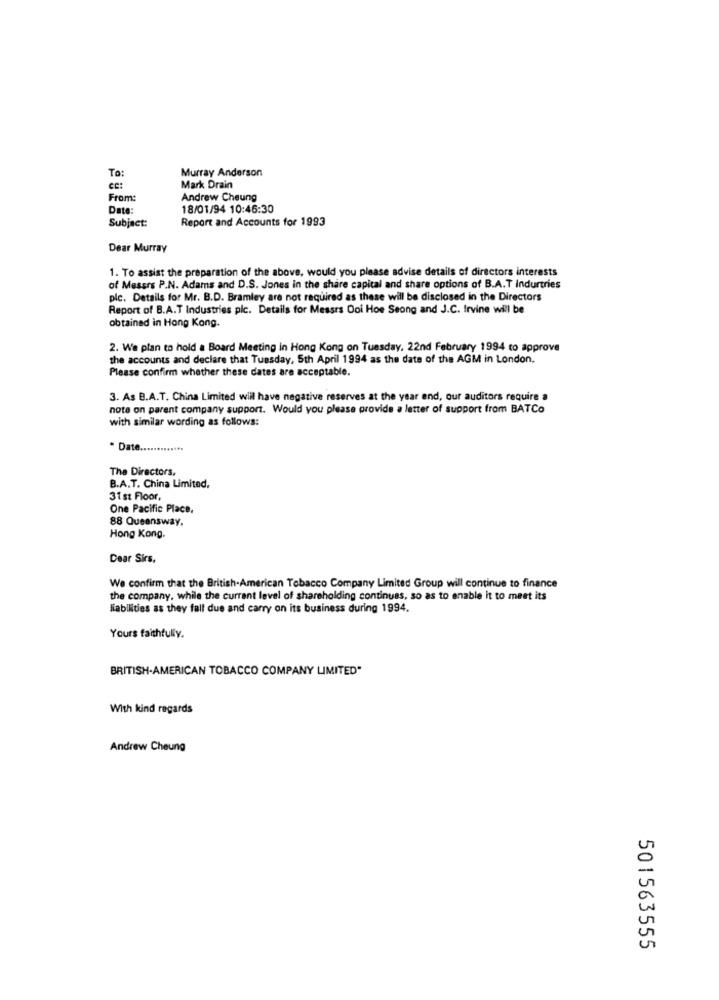
To:
Murray Anderson
ce:
Mark Drain
From:
Andrew Cheung
Date:
18/01/94 10:46:30
Subject:
Report and Accounts for 1993
Dear Murray
1. To assist the preparation of the above, would you please advise details of directors interests
of Messrs P.N. Adams and D.S. Jones in the share capital and share options of B.A.T Indurtries
plc. Details for Mr. B.D. Bramley are not required as these will be disclosed in the Directors
Report of B.A.T Industries plc. Details for Messrs Doi Hoe Seong and J.C. Irvine will be
obtained in Hong Kong.
2. We plan to hold a Board Meeting in Hong Kong on Tuesday, 22nd February 1994 to approve
the accounts and declare that Tuesday, 5th April 1994 as the date of the AGM in London.
Please confirm whether these dates are acceptable.
3. As B.A.T. China Limited will have negative reserves at the year end, our auditors require a
note on parent company support. Would you please provide a letter of support from BATCo
with similar wording as follows:
· Date .............
The Directors,
B.A.T. China Limited,
31 st Floor,
One Pacific Place,
88 Queensway.
Hong Kong.
Dear Sirs,
We confirm that the British-American Tobacco Company Limited Group will continue to finance
the company, while the current level of shareholding continuas, so as to enable it to meet its
liabilities as they fall due and carry on its business during 1994.
Yours faithfully.
BRITISH-AMERICAN TOBACCO COMPANY LIMITED"
With kind regards
Andrew Cheung
501563555